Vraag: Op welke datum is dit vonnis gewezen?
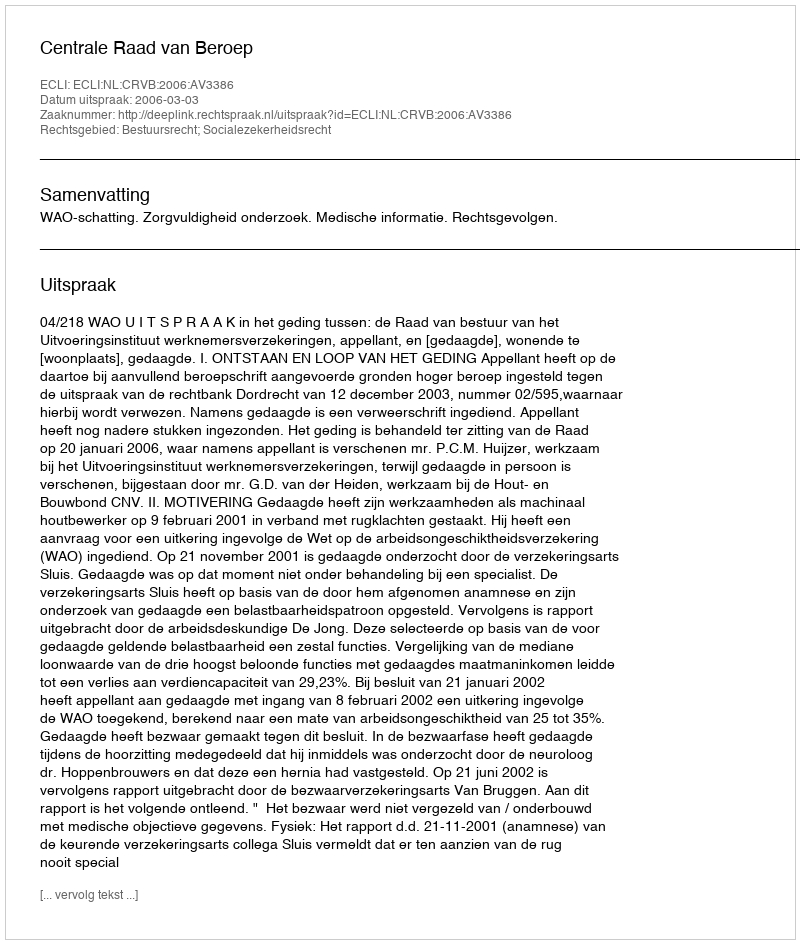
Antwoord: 2006-03-03